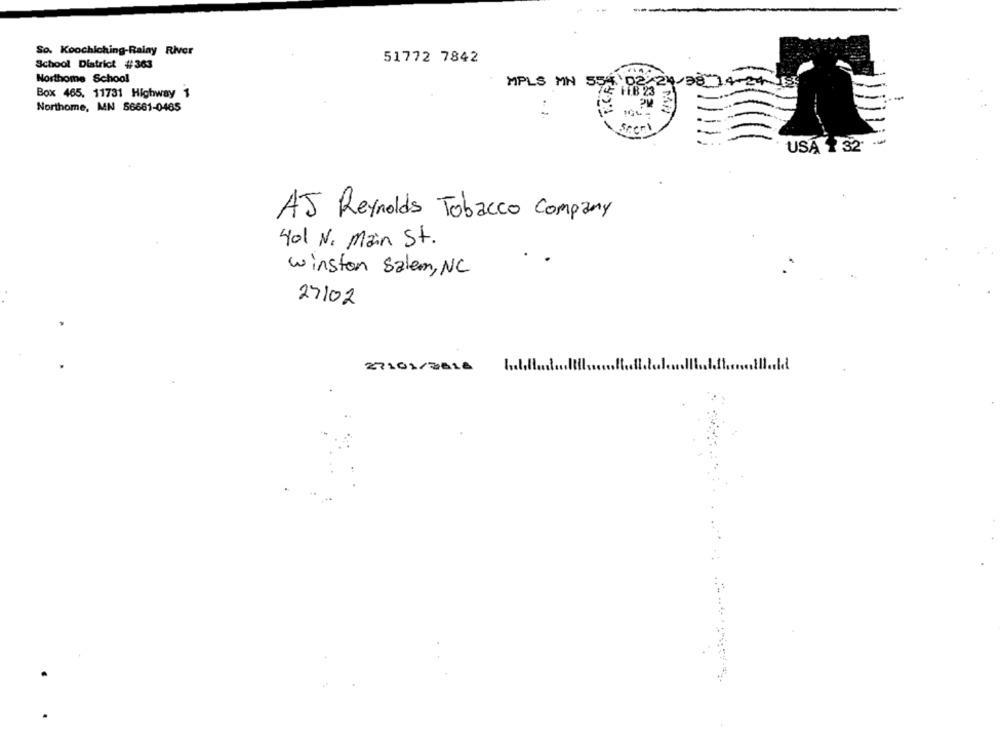
So. Koochiching-Rainy River
51772 7842
School District #363
Northome School
MPLS MN 554 02 24/38 14-24
Box 465. 11731 Highway 1
1TB 23
Northome, MN 56661-0465
Sceri
USA 1 32
AJ Reynolds Tobacco Company
401 N. Main St.
..
winston Salem, NC
27/02
27101/3816